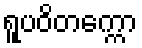
ရူပဝိတက္ကော